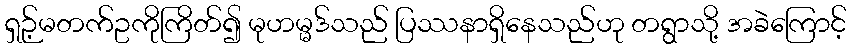
ရှဉ့်မတက်ဥကိုကြိတ်၍ မုဟမ္မဒ်သည် ပြဿနာရှိနေသည်ဟု တရွာသို့ အခဲကြောင့်